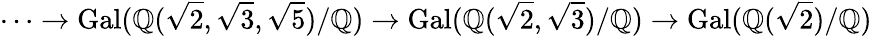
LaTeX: \cdots\to\operatorname{Gal}(\mathbb{Q}({\sqrt{2}},{\sqrt{3}},{\sqrt{5}})/\mathbb{Q})\to\operatorname{Gal}(\mathbb{Q}({\sqrt{2}},{\sqrt{3}})/\mathbb{Q})\to\operatorname{Gal}(\mathbb{Q}({\sqrt{2}})/\mathbb{Q})